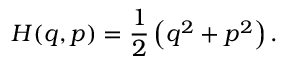
H ( q , p ) = { \frac { 1 } { 2 } } \left( q ^ { 2 } + p ^ { 2 } \right) .